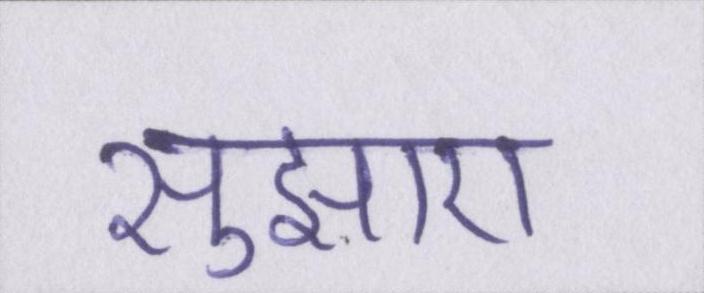
सुझाए